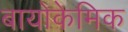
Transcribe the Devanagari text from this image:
बायोकेमिक